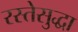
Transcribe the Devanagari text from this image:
रस्तेसुद्धा